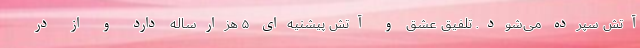
آتش سپرده می‌شود. تلفیق عشق و آتش پیشنیه‌ای ۵ هزارساله دارد و از در